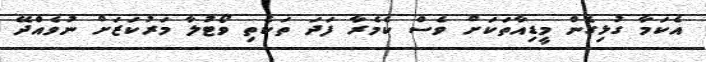
އެކަމާ ގުޅިގެން މީޑިއާތަކަށް ވެސް ކެމެރާ ފަދަ ތަކެތި ވޯޓުލާ މަރުކަޒަށް ނުވެއްދޭ